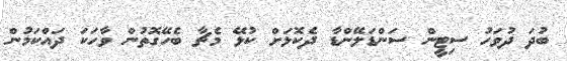
ބުދަ ދުވަހު ސިޓީން ސަންޑަލޭންޑާ ދެކޮޅަށް ކުޅޭ މެޗާ ބެހޭގޮތުން ވާހަކަ ދައްކަމުން